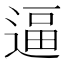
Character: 逼